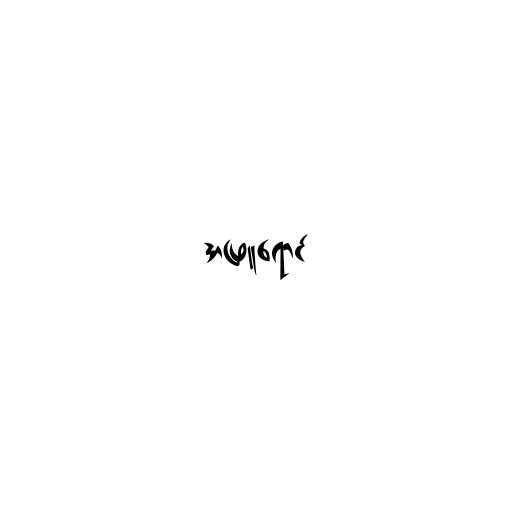
အဖြူရောင်